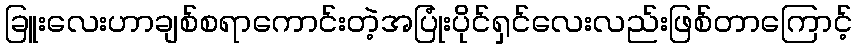
ခြူးလေးဟာချစ်စရာကောင်းတဲ့အပြုံးပိုင်ရှင်လေးလည်းဖြစ်တာကြောင့်